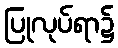
ပြုလုပ်ရာ၌